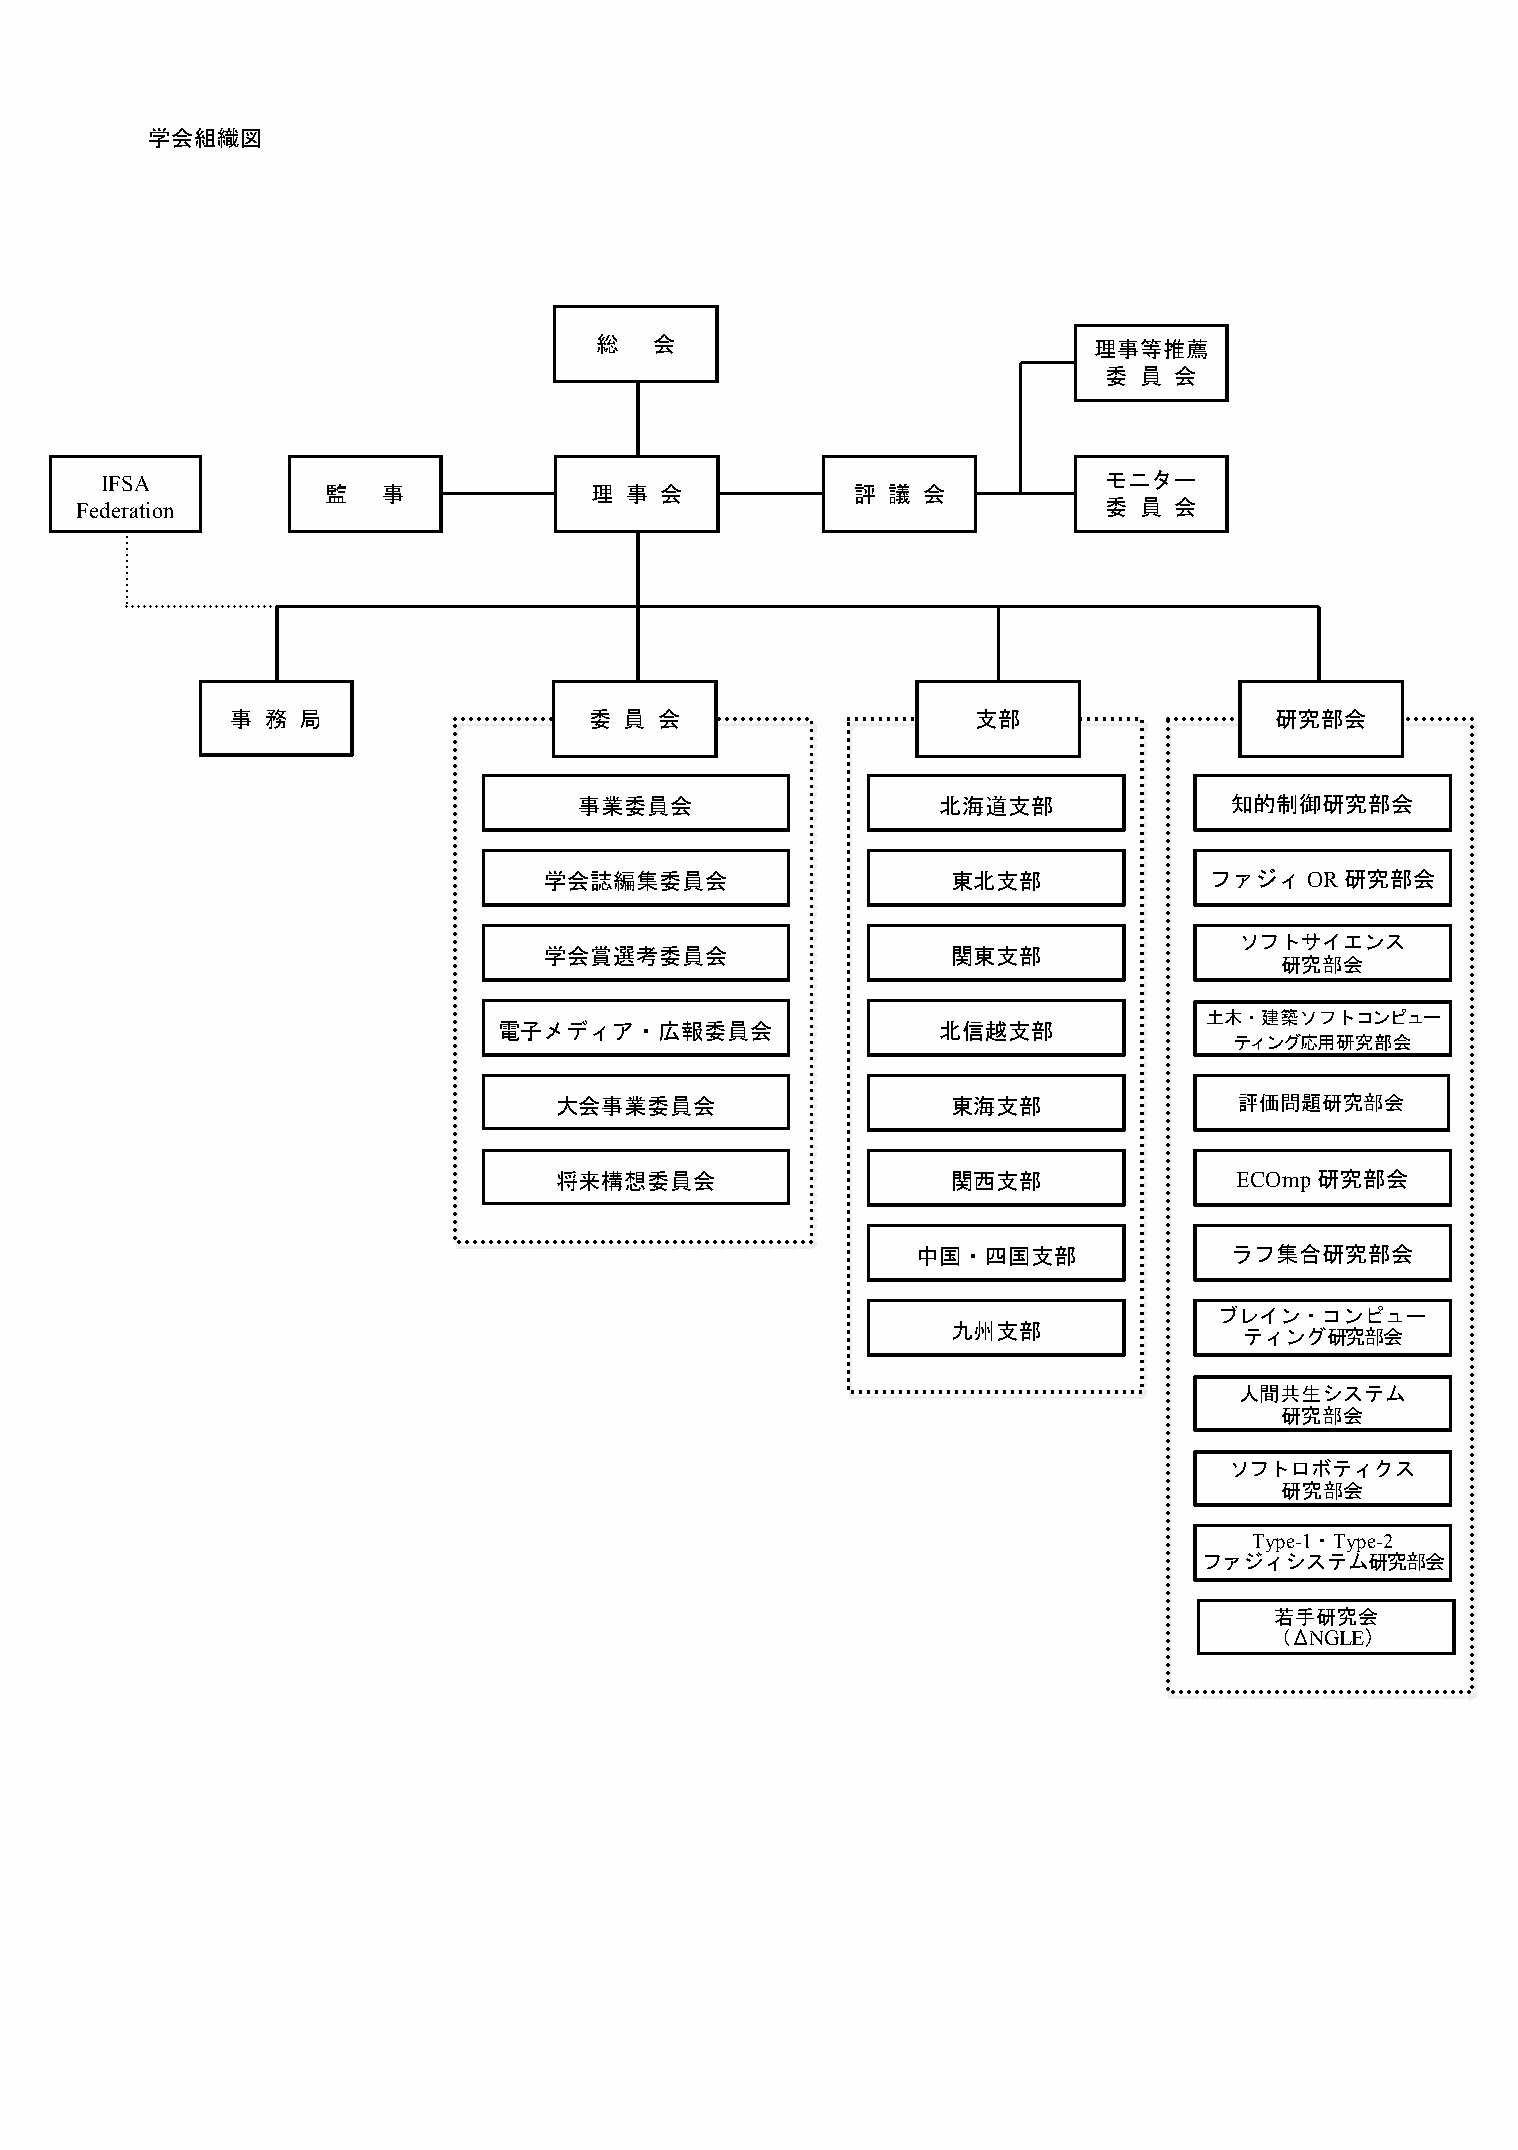
学会組織図
 総   会                            理事等推薦
 委 員  会
 IFSA                                                              モニター
 監  事             理 事  会            評 議 会
 Federation                                                          委 員  会
 事  務 局                  委 員  会                    支部                 研究部会
 事業委員会                   北海道支部              知的制御研究部会
 学会誌編集委員会                   東北支部             ファジィOR研究部会
 ソフトサイエンス
 学会賞選考委員会                   関東支部
 研究部会
 土木・建築ソフトコンピュー
 電子メディア・広報委員会                 北信越支部
 ティング応用研究部会
 大会事業委員会                   東海支部               評価問題研究部会
 将来構想委員会                   関西支部               ECOmp研究部会
 中国・四国支部             ラフ集合研究部会
 ブレイン・コンピュー
 九州支部
 ティング研究部会
 人間共生システム
 研究部会
 ソフトロボティクス
 研究部会
 Type-1・Type-2
 ファジィシステム研究部会
 若手研究会
 （ΔNGLE）